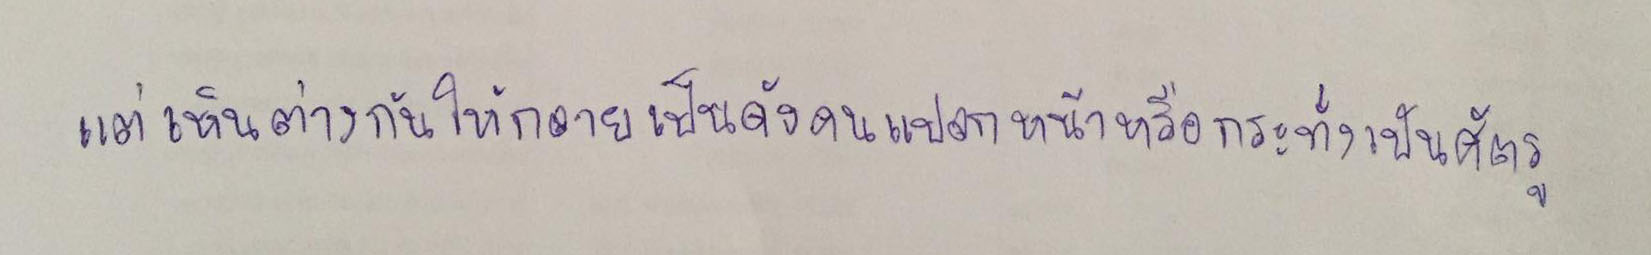
แต่เห็นต่างกันให้กลายเป็นดังคนแปลกหน้าหรือกระทั่งเป็นศัตรู